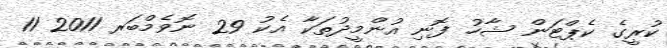
ކުރީގެ ކެޕްޓަން ޝާހު ފޮނި އުންމީދުތަކާ އެކު 29 ނޮވެމްބަރ 2011 11